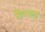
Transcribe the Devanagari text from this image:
सॅण्ट्रल